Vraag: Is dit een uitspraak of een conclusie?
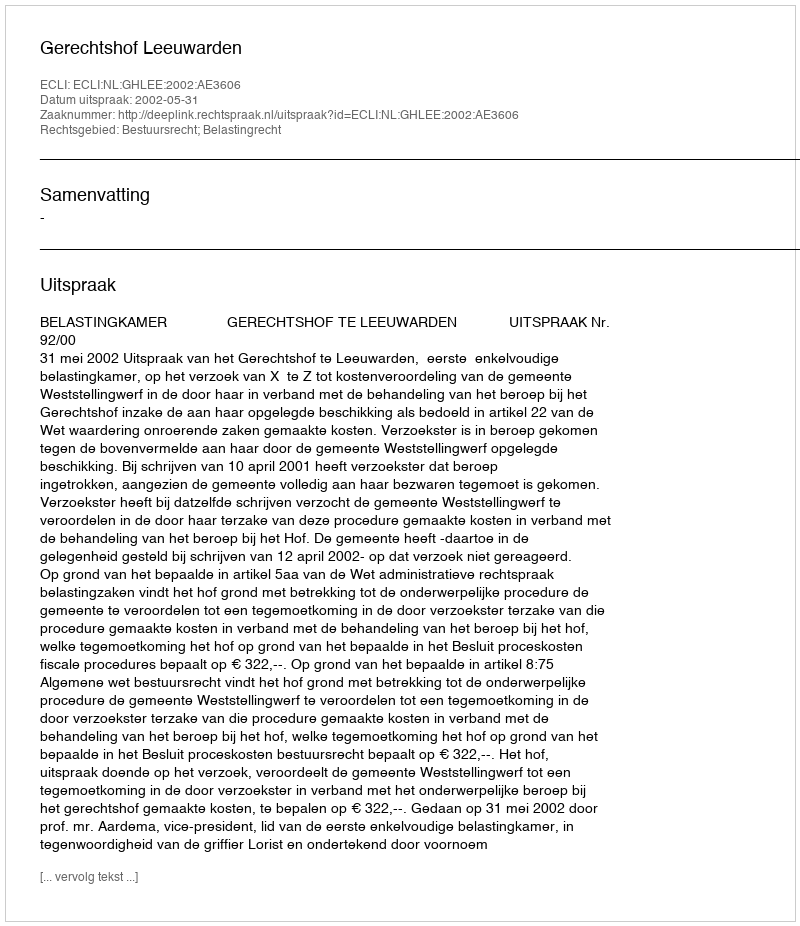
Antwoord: Uitspraak